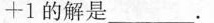
1的解是 ___ 。